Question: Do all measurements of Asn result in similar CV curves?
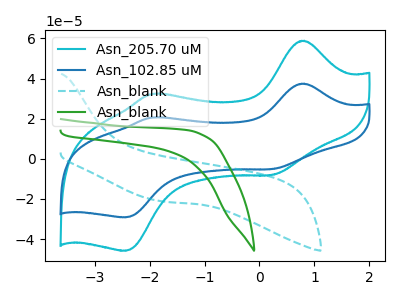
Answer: <think>The cyan curve "Asn_205.70 uM" has anodic peaks at (0.80V, 58.90uA) (-1.95V, 32.35uA) and cathodic peaks at (0.25V, -8.05uA) (-2.45V, -45.85uA). The blue curve "Asn_102.85 uM" has anodic peaks at (0.80V, 37.45uA) (-1.95V, 20.60uA) and cathodic peaks at (0.25V, -5.15uA) (-2.45V, -29.20uA). The cyan dashed curve "Asn_blank" has no peaks. The green curve "Asn_blank" has no peaks.
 All the peaks in "Asn_205.70 uM" have a peak in "Asn_102.85 uM" at the same potential. Every peak in "Asn_205.70 uM" is higher than every peak in "Asn_102.85 uM". "Asn_205.70 uM" and "Asn_blank" have a different number of peaks. "Asn_205.70 uM" and "Asn_blank" have a different number of peaks. "Asn_102.85 uM" and "Asn_blank" have a different number of peaks. "Asn_102.85 uM" and "Asn_blank" have a different number of peaks. Neither "Asn_blank" or "Asn_blank" have any peaks.</think>
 <answer>All the CV's of "Asn" have similar shape.</answer>
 <eval>follow_rule</eval>